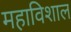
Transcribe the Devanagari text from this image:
महाविशाल